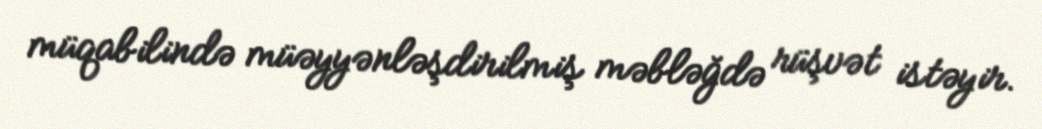
müqabilində müəyyənləşdirilmiş məbləğdə rüşvət istəyir.